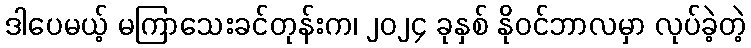
ဒါပေမယ့် မကြာသေးခင်တုန်းက၊ ၂၀၂၄ ခုနှစ် နိုဝင်ဘာလမှာ လုပ်ခဲ့တဲ့